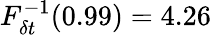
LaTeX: F_{\delta t}^{-1}(0.99)=4.26